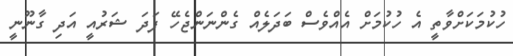
ހުކުމަކަށްވާތީ އެ ހުކުމަށް އެއްވެސް ބަދަލެއް ގެންނަންޖެހޭ ފަދަ ޝަރުއީ އަދި ގާނޫނީ